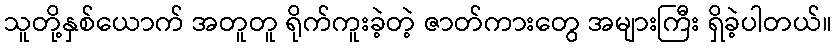
သူတို့နှစ်ယောက် အတူတူ ရိုက်ကူးခဲ့တဲ့ ဇာတ်ကားတွေ အများကြီး ရှိခဲ့ပါတယ်။